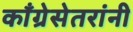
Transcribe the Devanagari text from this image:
काँग्रेसेतरांनी